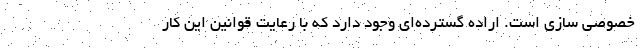
خصوصی سازی است. اراده گسترده‌ای وجود دارد که با رعایت قوانین این کار